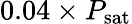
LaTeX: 0.04\times P_{\mathrm{sat}}